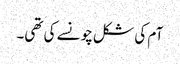
آم کی شکل چونسے کی تھی۔